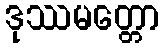
ဒုဿမတ္တော